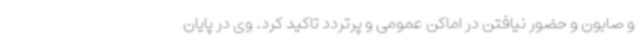
و صابون و حضور نیافتن در اماکن عمومی و پرتردد تاکید کرد. وی در پایان